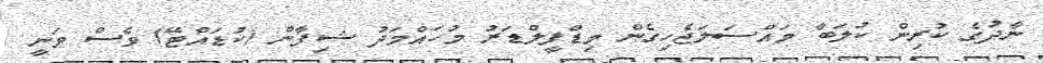
ނާދުގެ ކުރިން ކުލަބާ މައްސަލަޖެހިގެން މިޑްފީލްޑަރު މުހައްމަދު ޝިފާން (ކުޑައްޓޭ) ވެސް ވަނީ